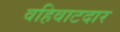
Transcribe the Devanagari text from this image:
वहिवाटदार